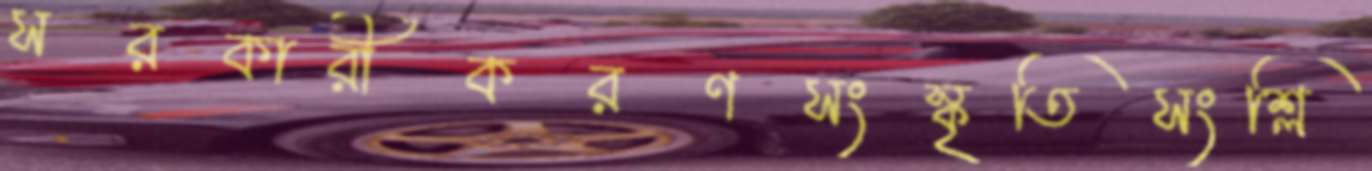
সরকারীকরণসংস্কৃতিসংশ্লি